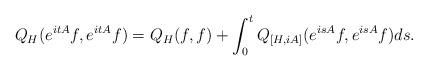
LaTeX: \begin{align*}Q_H ( e^{itA}f,e^{itA}f )=Q_H(f,f)+\int_0^t Q_{[H,iA]} (e^{isA}f,e^{isA}f )ds. \end{align*}